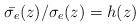
LaTeX: \begin{align*}{\bar{\sigma_{e}}(z)}/{\sigma_{e}(z)}=h(z)\end{align*}